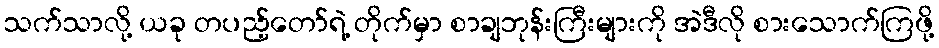
သက်သာလို့ ယခု တပည့်တော်ရဲ့ တိုက်မှာ စာချဘုန်းကြီးများကို အဲဒီလို စားသောက်ကြဖို့